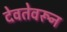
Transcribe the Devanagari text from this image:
देवतेवरून